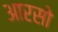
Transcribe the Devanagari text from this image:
आरसो